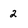
Character: 2